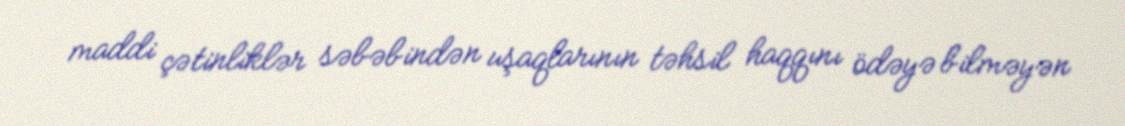
maddi çətinliklər səbəbindən uşaqlarının təhsil haqqını ödəyə bilməyən